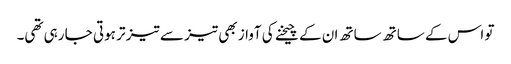
تو اس کے ساتھ ساتھ ان کے چیخنے کی آواز بھی تیز سے تیز تر ہوتی جا رہی تھی۔